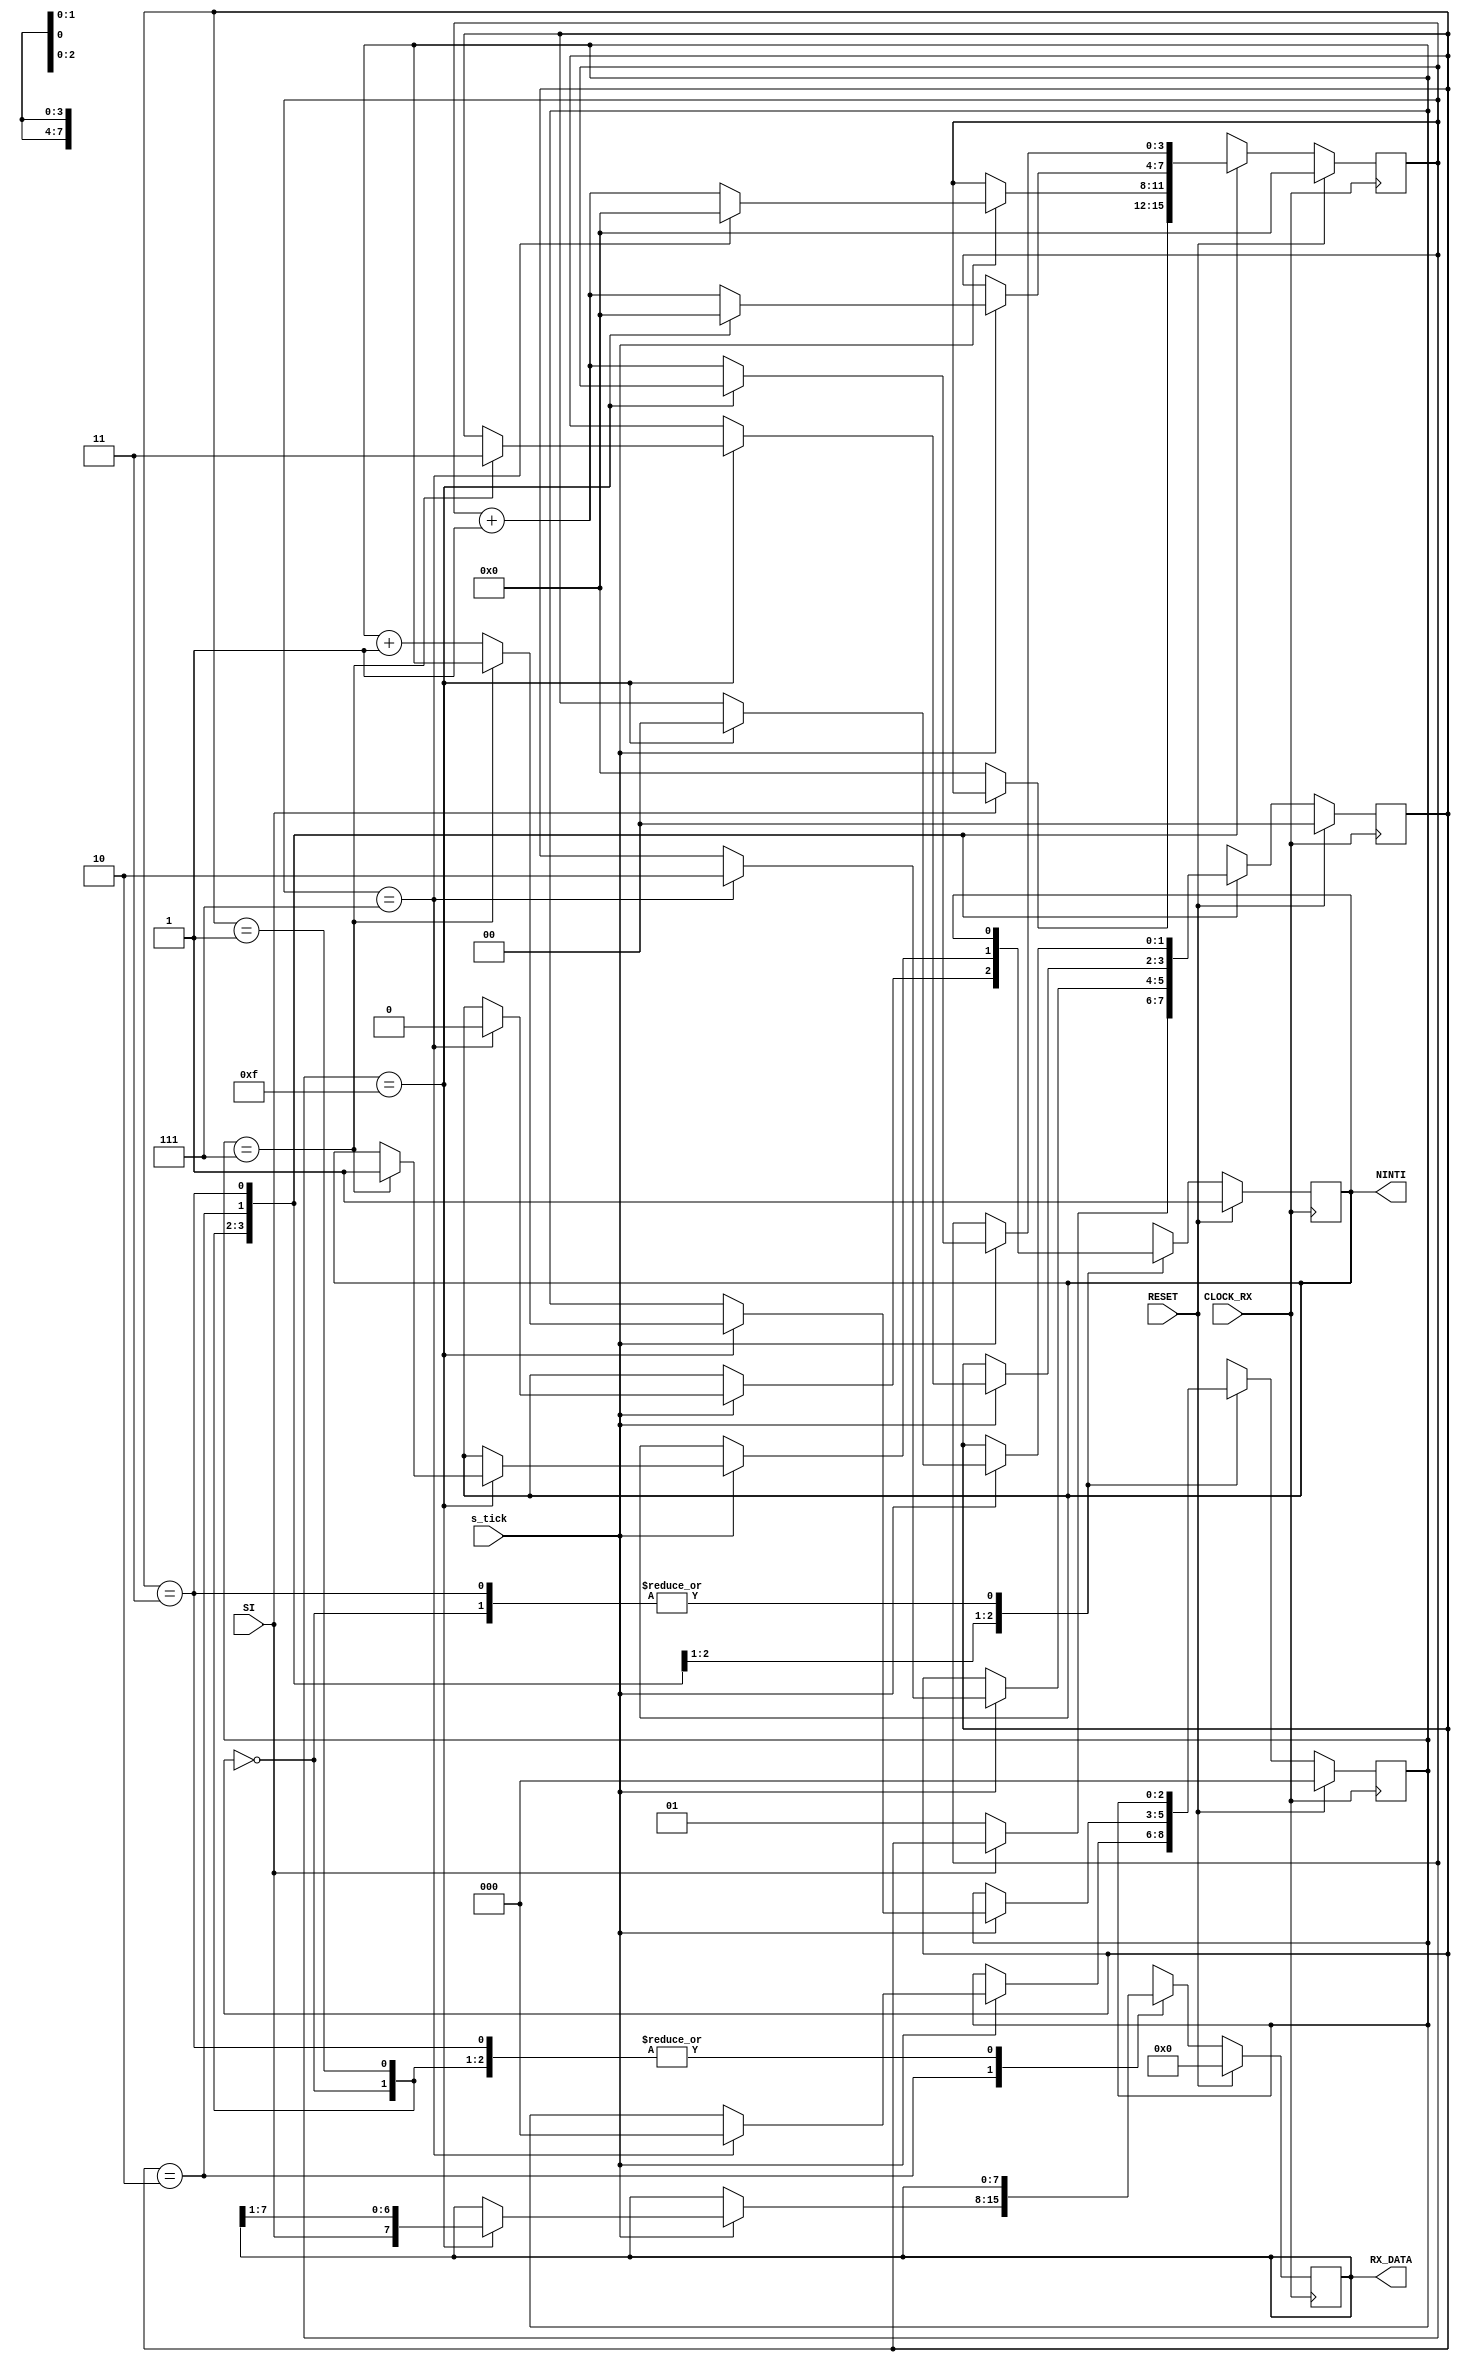
module  uart_rx(CLOCK_RX, RESET, SI, s_tick, NINTI, RX_DATA);
input CLOCK_RX, RESET;  
input SI, s_tick; // s_tick = max_tick, asserts when count reaches 163 
output NINTI;  
output [7:0] RX_DATA;

//  s y m b o l i c   s t a t e   d e c l a r a t i o n  
localparam [1:0]
idle = 2'b00,  
start = 2'b01,  
data = 2'b10,  
stop = 2'b11;
  
//  s i g n a l   d e c l a r a t i o n  
reg [1:0] state_reg; 
reg [3:0] s_reg; 
reg [2:0] n_reg; 
reg [7:0] b_reg;
reg NINTI_temp; 

//  body 
//  FSMD  n e x t - s t a t e   l o g i c  
always @(posedge CLOCK_RX) 
	begin
		if (RESET)
			begin
				state_reg <= idle;  
				s_reg <= 0;
				n_reg <= 0;
				b_reg <= 0;
				NINTI_temp = 1'b1;
			end 
		else  
			begin
				case (state_reg)  
					idle: 
						if (~SI)
							begin
								state_reg = start;
								s_reg = 0;  
							end 
					start: 
						if (s_tick)
							if (s_reg==7)  
								begin  
									state_reg = data;  
									s_reg = 0;  
									n_reg = 0;
									NINTI_temp = 1'b0;  
								end 
							else  
								s_reg = s_reg + 1;  
					data: 
						if (s_tick)  
							if (s_reg==15)  
								begin  
									s_reg = 0;  
									b_reg = {SI, b_reg [7:1]}; 
										if (n_reg == 7) 
											begin 
												state_reg = stop;
												NINTI_temp = 1'b1;
											end 
										else  
											n_reg = n_reg + 1;  
								end 
							else  
								s_reg = s_reg + 1;  	
					stop:  
						if (s_tick)  
							if (s_reg == 15) 
								begin  
									state_reg = idle;    
								end 
							else  
								s_reg = s_reg + 1; 
					default:
						begin
							state_reg <= idle;  
							s_reg <= 0;
							n_reg <= 0;
							b_reg <= 0;
							NINTI_temp = 1'b1;
						end
				endcase
			end  
	end 
//  o u t p u t  
assign RX_DATA = b_reg; 
assign NINTI = NINTI_temp; 
 
endmodule